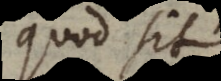
quod sit